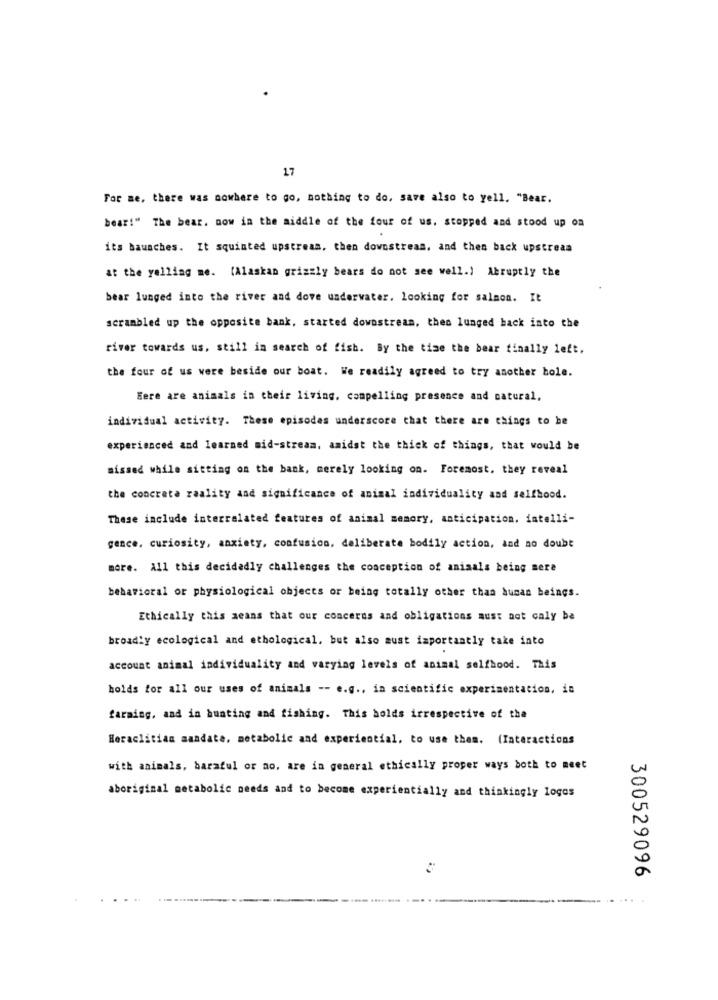
17
For me, there was nowhere to go, nothing to do, save also to yell. "Bear.
bear!" The bear. now in the middle of the four of us. stopped and stood up on
its bauaches. It squinted upstream, then downstream, and then back upstream
at the yelling me. (Alaskan grizzly bears do not see well.) Abruptly the
bear lunged into the river and dove underwater, looking for salmon. It
scrambled up the opposite bank. started downstream, then lunged back into the
river towards us, still in search of fish. By the time the bear finally left.
the four of us were beside our boat. We readily agreed to try another hole.
Here are animals in their living. compelling presence and natural,
individual activity. These episodes underscore that there are things to be
experienced and learned mid-stream, amidst the thick of things, that would be
missed while sitting on the back, merely looking on. Foremost, they reveal
the concrete reality and significance of animal individuality and selfhood.
These include interrelated features of animal memory, anticipation. iatelli-
gence. curiosity, anxiety, confusion, deliberate bodily action, and no doubt
more. All this decidadly challenges the conception of animals being mere
behavioral or physiological objects or being totally other than human beings.
Ethically this means that our concerns and obligations must not caly be
broadly ecological and ethological, but also must importantly take into
account animal individuality and varying levels of animal selfhood. This
holds for all our uses of animals -- e.g ., in scientific experimentation, in
faraing, and in hunting and fishing. This holds irrespective of the
Heraclitian mandate, metabolic and experiential, to use them. (Interactions
with animals, baraful or no, are in general ethically proper ways both to meet
aboriginal metabolic needs and to become experientially and thinkingly logos
300529096